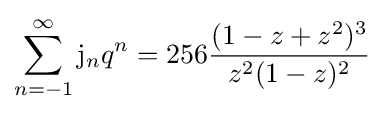
\sum _{n=-1}^{\infty }\mathrm {j} _{n}q^{n}=256{\dfrac {(1-z+z^{2})^{3}}{z^{2}(1-z)^{2}}}